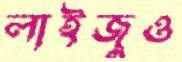
লাইজুও